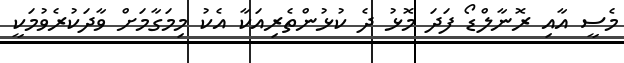
މެސީ އާއި ރޮނާލްޑޯ ފަދަ މޮޅު ދެ ކުޅުންތެރިއަކާ އެކު މިމަގާމަށް ވާދަކުރެވުމަކީ